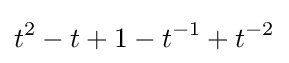
t^{2}-t+1-t^{-1}+t^{-2}